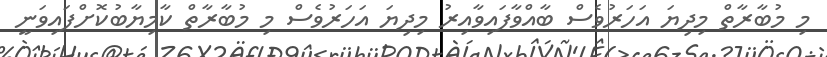
މި މުބާރާތް މިދިޔަ އަހަރުވެސް ބާއްވާފައިވާއިރު މިދިޔަ އަހަރުވެސް މި މުބާރާތް ކާމިޔާބުކޮށްފައިވަނީ